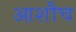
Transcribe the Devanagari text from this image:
आशौच